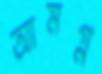
আমগ্ন